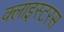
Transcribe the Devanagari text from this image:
क्लाइस्टरस